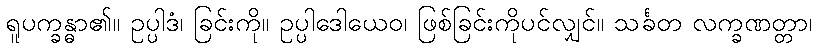
ရူပက္ခန္ဓာ၏။ ဥပ္ပါဒံ၊ ခြင်းကို။ ဥပ္ပါဒေါယေဝ၊ ဖြစ်ခြင်းကိုပင်လျှင်။ သင်္ခတ လက္ခဏတ္တာ၊